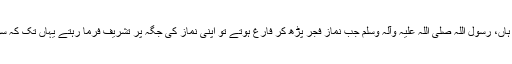
انہوں نے فرمایا : ہاں، رسول اللہ صلی اللہ علیہ وآلہ وسلم جب نمازِ فجر پڑھ کر فارغ ہوتے تو اپنی نماز کی جگہ پر تشریف فرما رہتے یہاں تک کہ سورج طلوع ہوجاتا۔